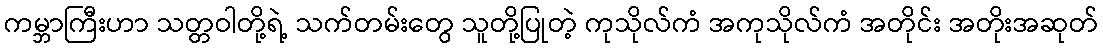
ကမ္ဘာကြီးဟာ သတ္တဝါတို့ရဲ့ သက်တမ်းတွေ သူတို့ပြုတဲ့ ကုသိုလ်ကံ အကုသိုလ်ကံ အတိုင်း အတိုးအဆုတ်